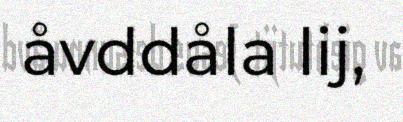
åvddåla lij,